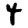
Digit: 4